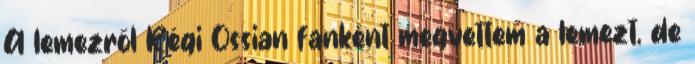
A lemezről Régi Ossian fanként megvettem a lemezt, de